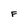
Character: F